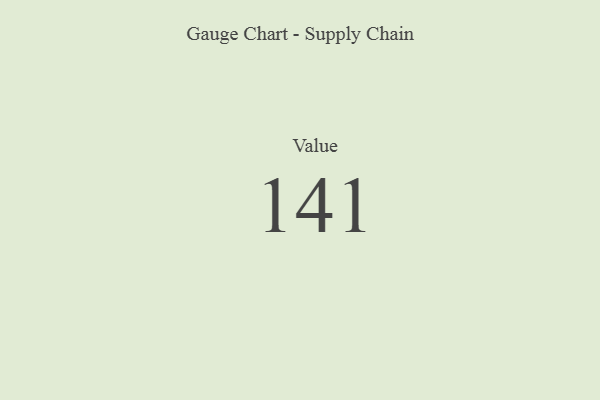
{"axis": {"x": "Metric", "y": "Value"}, "legend": [""], "data": [{"x": "Value", "y": 141, "type": ""}]}